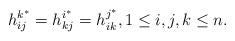
LaTeX: \begin{align*}h_{ij}^{k^{*}}=h_{kj}^{i^{*}}=h_{ik}^{j^{*}}, 1\leq i, j, k\leq n.\end{align*}